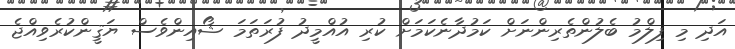
އަދި މި ފިލްމު ބެލުންތެރިންނަށް ކަމުދާނެކަމަށް ކުރި އުއްމީދު ފުރަތަމަ ޝޯއިންވެސް ޔަޤީންކުރެވިއްޖެ